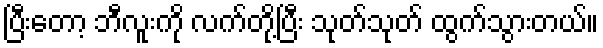
ပြီးတော့ ဘီလူးကို လက်တို့ပြီး သုတ်သုတ် ထွက်သွားတယ်။